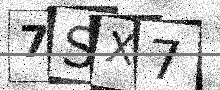
Text: 7SX7